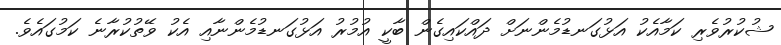
ޝުކުރުވެރި ކަމާއެކު އަޅުގަނޑުމެންނަށް ދައްކައިގެން ބާކީ އުމުރު އަޅުގަނޑުމެންނާއި އެކު ވޭތުކުރާނެ ކަމުގައެވެ.